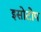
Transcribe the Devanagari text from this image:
इसोटोप